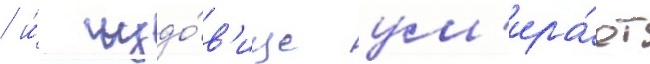
/ и́ чудо́в'ище ум'ира́ет